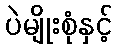
ပဲမျိုးစုံနှင့်